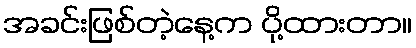
အခင်းဖြစ်တဲ့နေ့က ပို့ထားတာ။